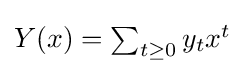
{\textstyle Y(x)=\sum _{t\geq 0}y_{t}x^{t}}